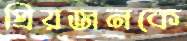
প্রিয়জনকে